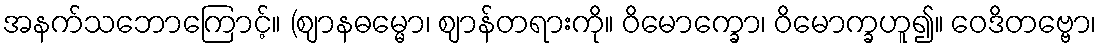
အနက်သဘောကြောင့်။ (ဈာနဓမ္မော၊ ဈာန်တရားကို။ ဝိမောက္ခော၊ ဝိမောက္ခဟူ၍။ ဝေဒိတဗ္ဗော၊